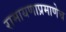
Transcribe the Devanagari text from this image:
रामायणाप्रमाणेच